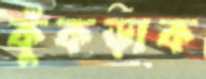
কুঁকড়াক